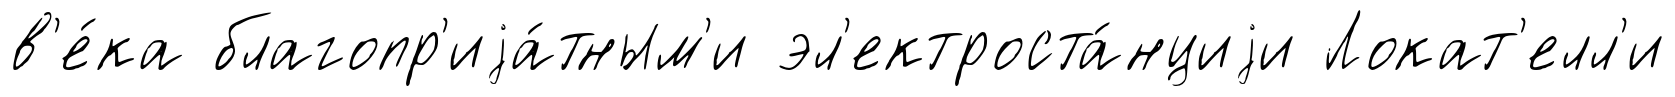
в'е́ка благопр'иjа́тным'и эл'ектроста́нциjи Локат'елл'и